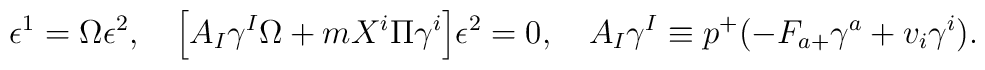
\epsilon^1=\Omega\epsilon^2,\quad \Big[A_I\gamma^I\Omega+mX^i\Pi\gamma^i \Big]\epsilon^2=0, \quad A_I\gamma^I \equiv p^+(-F_{a+}\gamma^a+v_i\gamma^i).